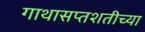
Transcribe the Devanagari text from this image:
गाथासप्तशतीच्या